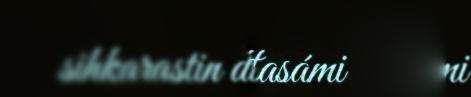
sihkarastin dihtii máttasámi